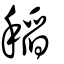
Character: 稻